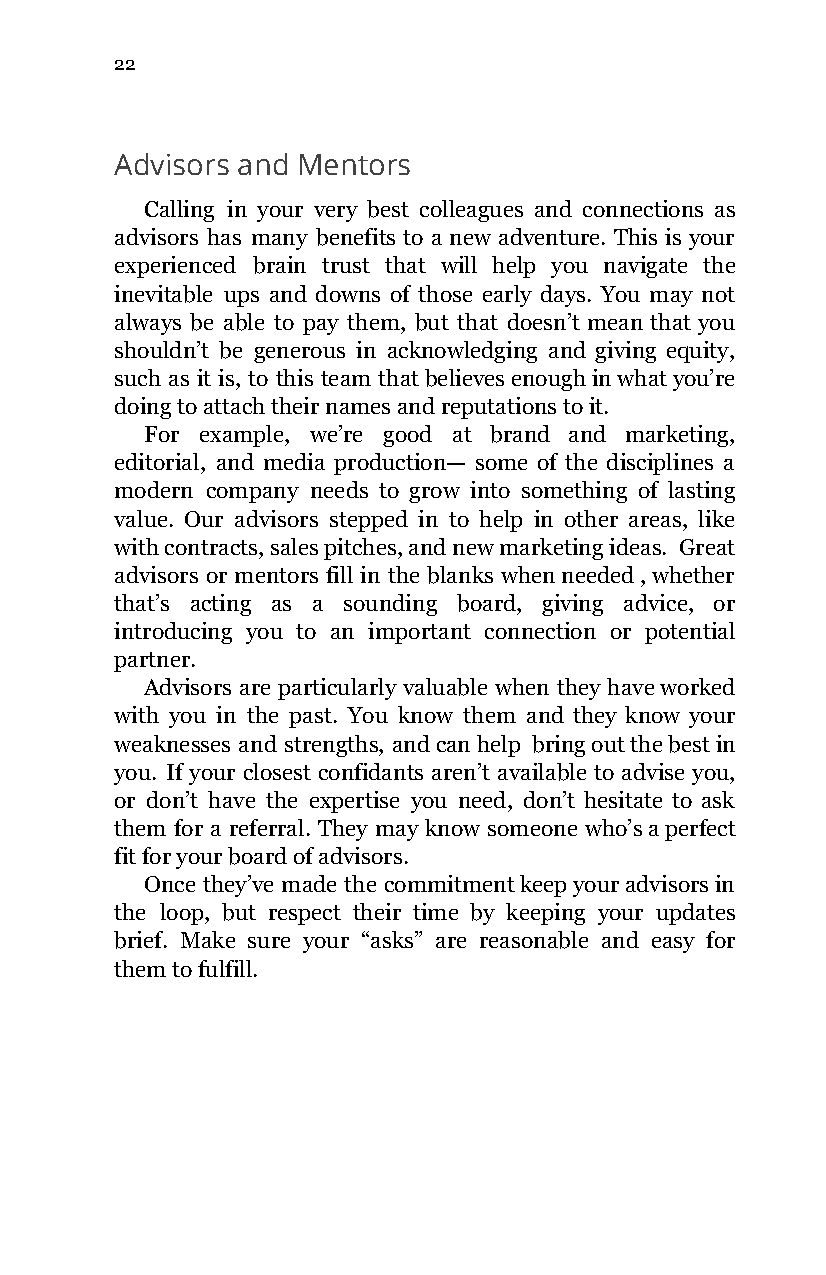
22
 Advisors and Mentors
 Calling in your very best colleagues and connections as
 advisors has many benefits to a new adventure. This is your
 experienced brain trust that will help you navigate the
 inevitable ups and downs of those early days. You may not
 always be able to pay them, but that doesn’t mean that you
 shouldn’t be generous in acknowledging and giving equity,
 such as it is, to this team that believes enough in what you’re
 doing to attach their names and reputations to it.
 For example, we’re good at brand and marketing,
 editorial, and media production— some of the disciplines a
 modern company needs to grow into something of lasting
 value. Our advisors stepped in to help in other areas, like
 with contracts, sales pitches, and new marketing ideas. Great
 advisors or mentors fill in the blanks when needed , whether
 that’s acting as a sounding board, giving advice, or
 introducing you to an important connection or potential
 partner.
 Advisors are particularly valuable when they have worked
 with you in the past. You know them and they know your
 weaknesses and strengths, and can help bring out the best in
 you. If your closest confidants aren’t available to advise you,
 or don’t have the expertise you need, don’t hesitate to ask
 them for a referral. They may know someone who’s a perfect
 fit for your board of advisors.
 Once they’ve made the commitment keep your advisors in
 the loop, but respect their time by keeping your updates
 brief. Make sure your “asks” are reasonable and easy for
 them to fulfill.